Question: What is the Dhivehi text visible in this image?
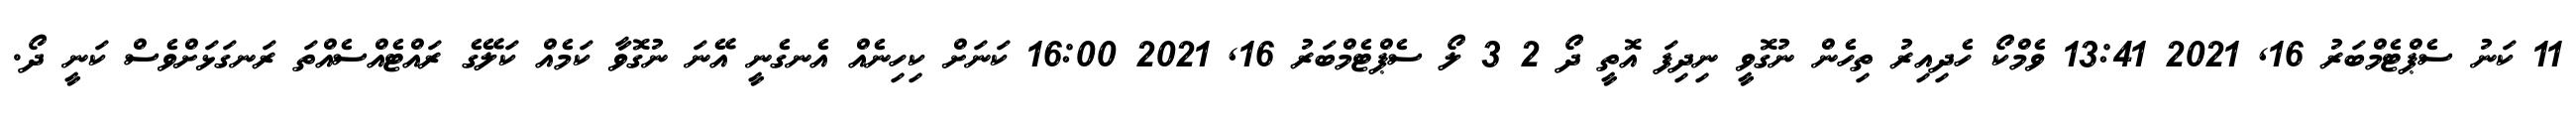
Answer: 11 ކަނު ސެޕްޓެމްބަރު 16, 2021 13:41 ވެމްކޯ ހެދިއިރު ތިހެން ނުގޮވީ ނިދިފަ އޮތީ ދޯ 2 3 ލޯ ސެޕްޓެމްބަރު 16, 2021 16:00 ކަނަށް ކިހިނެއް އެނގެނީ އޭނަ ނުގޮވާ ކަމެއް ކަލޭގެ ރައްޓެއްސެއްތަ ރަނގަޅަށްވެސް ކަނީ ދޯ.